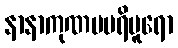
နာနာကုဏပပရိပူရော